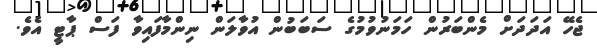
ޖެހޭ އަދަދަށް މެންބަރުން ހަމަނުވުމުގެ ސަބަބުން އުވާލަން ނިންމާފައިވާ ފަސް ޕާޓީ އެވެ.